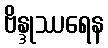
ဗိန္ဒုဿရေန